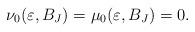
LaTeX: \begin{align*}\nu_0(\varepsilon,B_J)=\mu_0(\varepsilon,B_J) = 0.\end{align*}